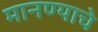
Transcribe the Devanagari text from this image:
मानण्याचे